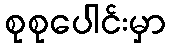
စုစုပေါင်းမှာ